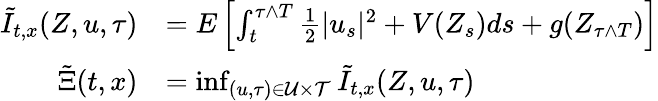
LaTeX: \begin{array}{rl}{\tilde{I}_{t,x}(Z,u,\tau)}&{=E\left[\int_{t}^{\tau\wedge T}\frac{1}{2}\vert u_{s}\vert^{2}+V(Z_{s})ds+g(Z_{\tau\wedge T})\right]}\\ {\tilde{\Xi}(t,x)}&{=\operatorname*{inf}_{(u,\tau)\in{\cal U}\times{\cal T}}\tilde{I}_{t,x}(Z,u,\tau)}\end{array}